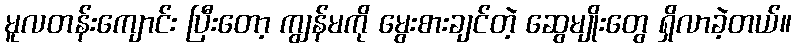
မူလတန်းကျောင်း ပြီးတော့ ကျွန်မကို မွေးစားချင်တဲ့ ဆွေမျိုးတွေ ရှိလာခဲ့တယ်။